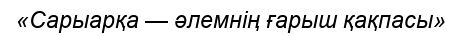
«Сарыарқа — әлемнің ғарыш қақпасы»